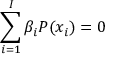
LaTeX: \sum _ { i = 1 } ^ { I } \beta _ { i } P ( x _ { i } ) = 0